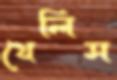
থেলিস